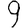
Digit: 9